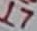
Text: 17